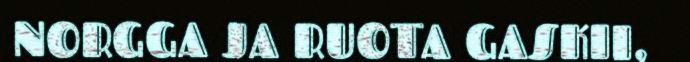
NORGGA JA RUOTA GASKII,